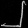
Digit: ၂